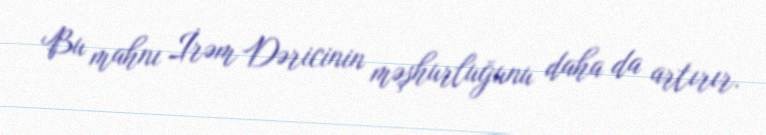
Bu mahnı İrəm Dəricinin məşhurluğunu daha da artırır.